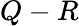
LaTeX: Q-R